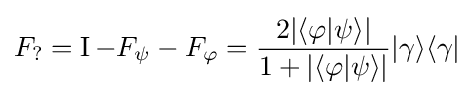
F_{?}=\operatorname {I} -F_{\psi }-F_{\varphi }={\frac {2|\langle \varphi |\psi \rangle |}{1+|\langle \varphi |\psi \rangle |}}|\gamma \rangle \langle \gamma |